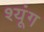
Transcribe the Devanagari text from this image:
श्यूंग